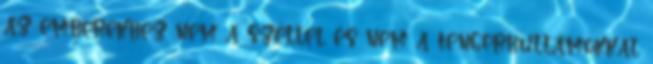
az emberekhez nem a széllel és nem a tengerhullámokkal